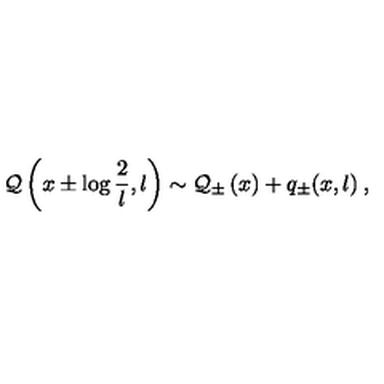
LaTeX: { \cal Q } \left( x \pm \log \displaystyle \frac { 2 } { l } , l \right) \sim { \cal Q } _ { \pm } \left( x \right) + q _ { \pm } ( x , l ) \: ,